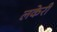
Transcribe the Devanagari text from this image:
लकेरी